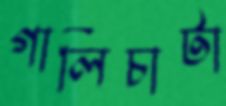
গালিচাটা